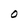
Character: O